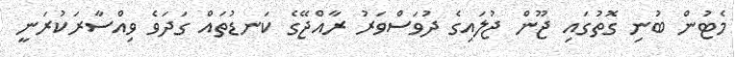
މެޓުން ބުނި ގޮތުގައި ޖޫން ޖުލައިގެ ދުވަސްވަރު ރާއްޖޭގެ ކަނޑުތައް ގަދަވެ ވިއްސާރަކުރަނީ